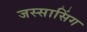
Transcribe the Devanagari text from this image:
जस्सासिंग